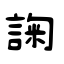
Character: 諊